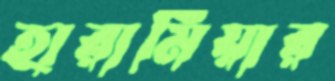
হারামিয়ার